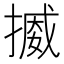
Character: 𢳒